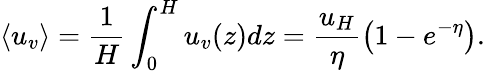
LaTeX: \left<u_{v}\right>=\frac{1}{H}\int_{0}^{H}u_{v}(z)dz=\frac{u_{H}}{\eta}\left(1-e^{-\eta}\right).